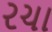
રચા